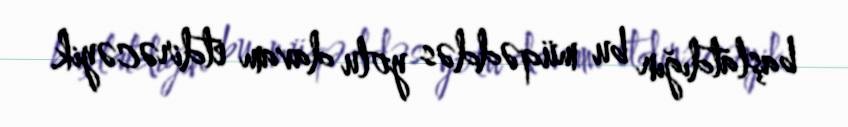
başlatdığın bu müqəddəs yolu davam etdirəcəyik.